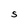
Character: S